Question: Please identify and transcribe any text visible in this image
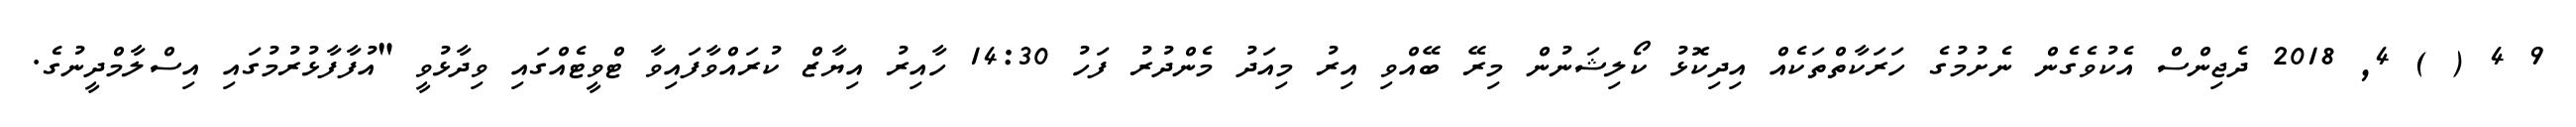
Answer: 9 4 ( ) 4, 2018 ދެޖިންސް އެކުވެގެން ނެށުމުގެ ހަރަކާތްތަކެއް އިދިކޮޅު ކޯލިޝަނުން މިރޭ ބޭއްވި އިރު މިއަދު މެންދުރު ފަހު 14:30 ހާއިރު އިޔާޒް ކުރައްވާފައިވާ ޓްވީޓެއްގައި ވިދާޅުވީ "އުފާފާޅުރުމުގައި އިސްލާމްދީނުގެ.